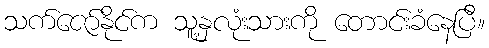
သက်ဇော်နိုင်က သူ့နှလုံးသားကို တောင်းခံနေပြီ။